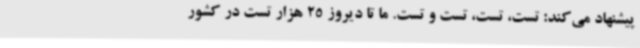
پیشنهاد می‌کند: تست، تست، تست و تست. ما تا دیروز 25 هزار تست در کشور